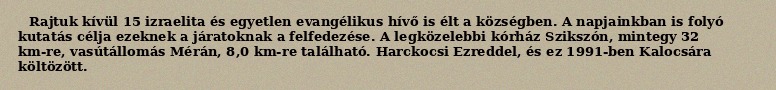
Rajtuk kívül 15 izraelita és egyetlen evangélikus hívő is élt a községben. A napjainkban is folyó kutatás célja ezeknek a járatoknak a felfedezése. A legközelebbi kórház Szikszón, mintegy 32 km-re, vasútállomás Mérán, 8,0 km-re található. Harckocsi Ezreddel, és ez 1991-ben Kalocsára költözött.